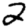
Digit: 2